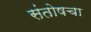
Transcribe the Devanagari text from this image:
संतोषचा